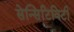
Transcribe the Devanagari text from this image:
सेन्सिटिविटी